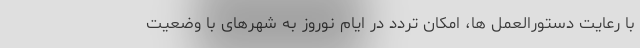
با رعایت دستورالعمل ها، امکان تردد در ایام نوروز به شهرهای با وضعیت